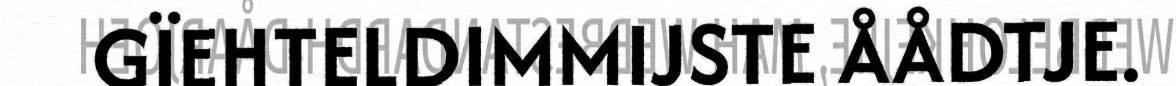
GÏEHTELDIMMIJSTE ÅÅDTJE.